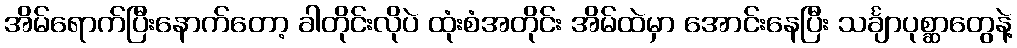
အိမ်ရောက်ပြီးနောက်တော့ ခါတိုင်းလိုပဲ ထုံးစံအတိုင်း အိမ်ထဲမှာ အောင်းနေပြီး သင်္ချာပုစ္ဆာတွေနဲ့